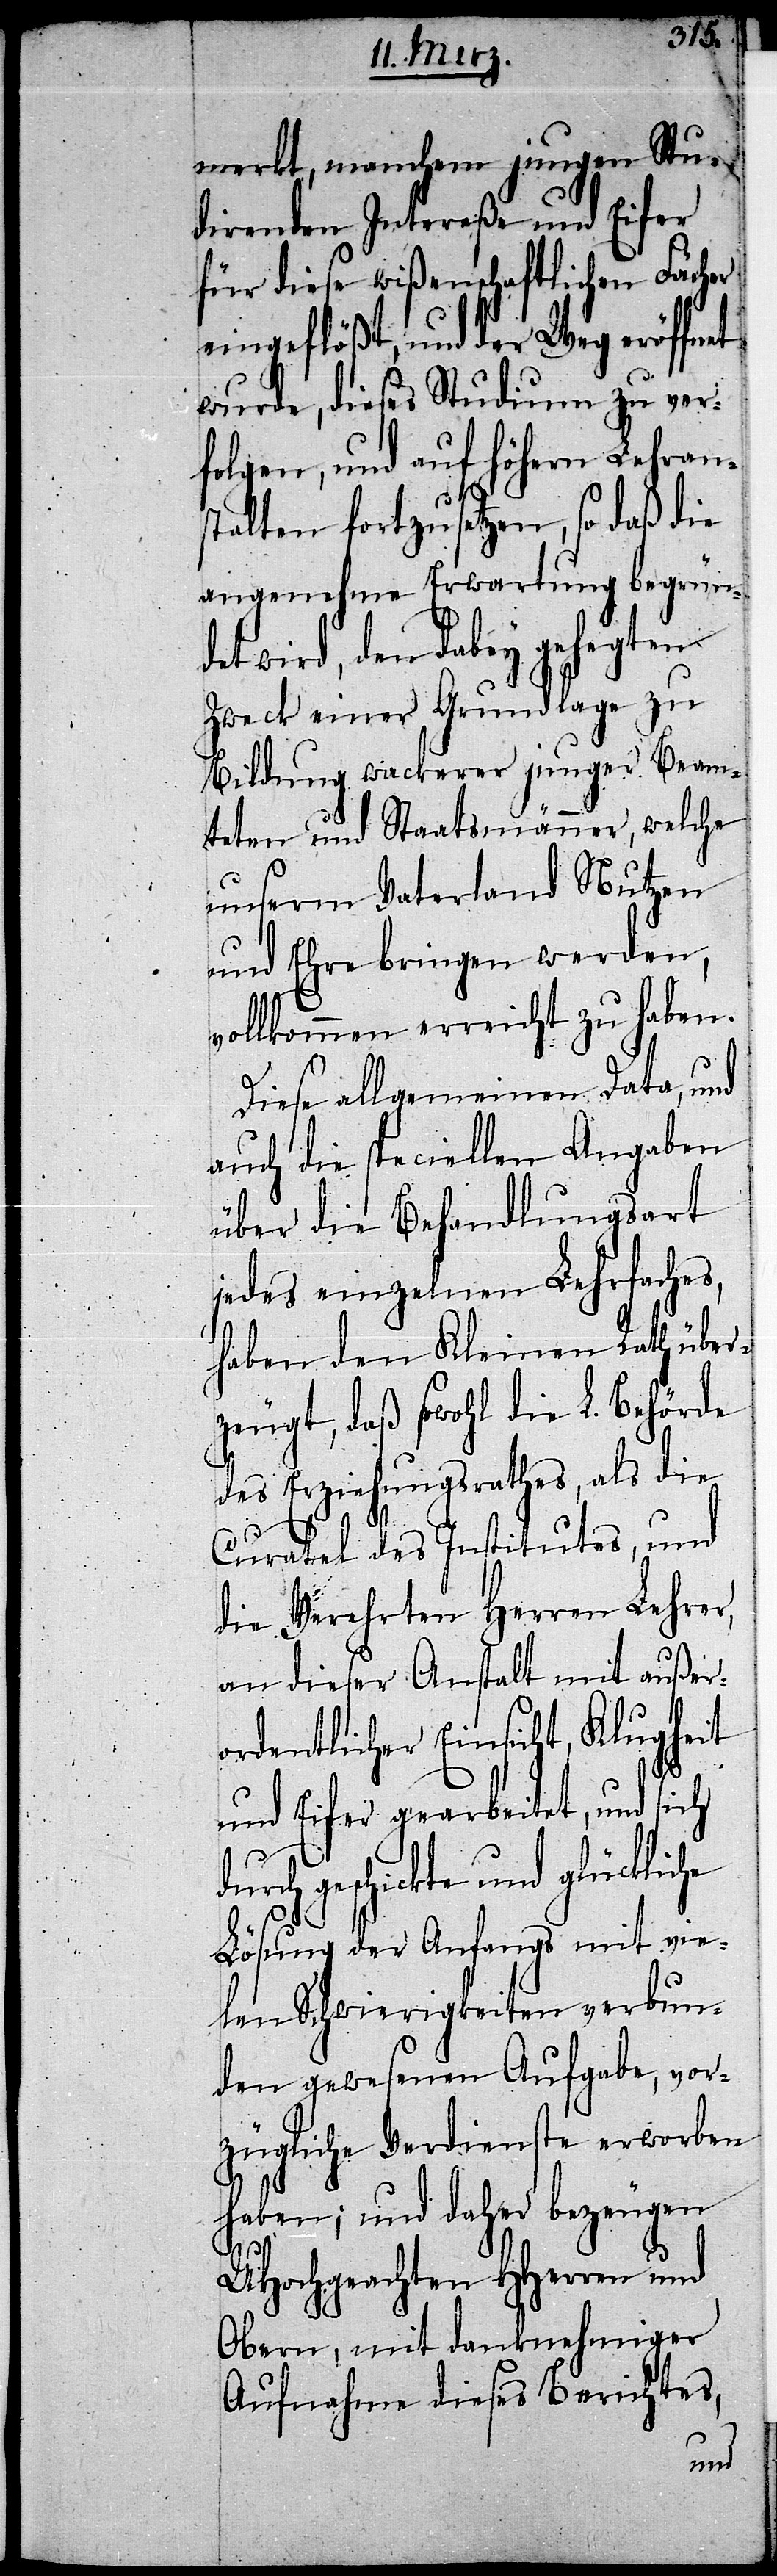
merkt, manchem jungen Stu¬
direnden Intereße und Eifer
für diese wißenschaftlichen Fächer
eingeflößt, und der Weg eröffnet
wurde, dieses Studium zu ver¬
folgen, und auf höhern Lehrans¬
talten fortzusetzen, so daß die
angenehme Erwartung begründe¬
t wird, den dabey gehegten
Zweck einer Grundlage zu
Bildung wackerer junger Beam¬
teten und Staatsmänner, welche
unserm Vaterland Nutzen
und Ehre bringen werden,
vollkommen erreicht zu haben.
Diese allgemeinen Data, und
auch die speciellen Angaben
über die Behandlungsart
jedes einzelnen Lehrfaches,
haben den Kleinen Rath über¬
zeugt, daß sowohl die L. Behörde
des Erziehungsrathes, als die
Curatel des Institutes, und
die Verehrten Herren Lehrer,
an dieser Anstalt mit außer¬
ordentlicher Einsicht, Klugheit
und Eifer gearbeitet, und sich
geschickte und glückliche
Lösung der Anfangs mit vie¬
len Schwierigkeiten verbun¬
den gewesenen Aufgabe, vor¬
zügliche Verdienste erworben
haben; und daher bezeugen
UHochgeachten HHerren und
Obern, mit danknehmiger
Aufnahme dieses Berichtes,